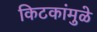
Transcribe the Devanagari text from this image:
किटकांमुळे